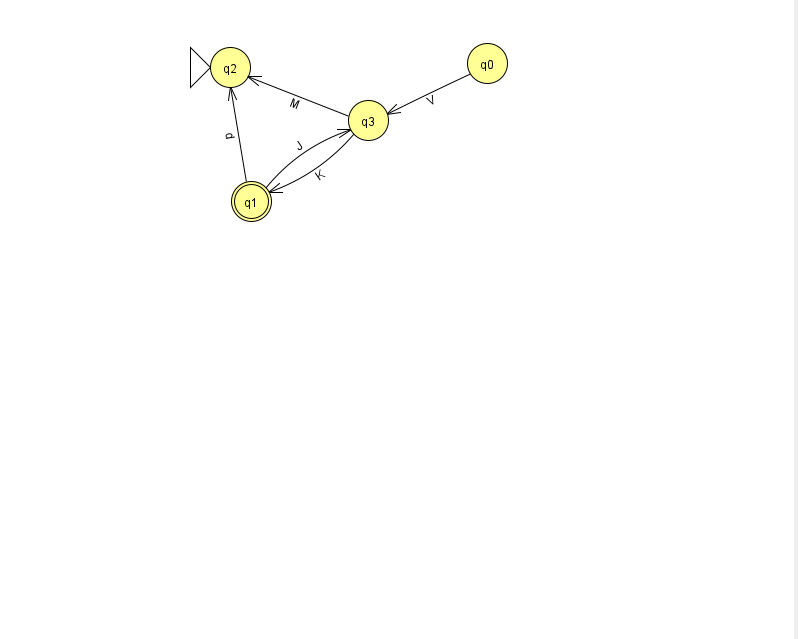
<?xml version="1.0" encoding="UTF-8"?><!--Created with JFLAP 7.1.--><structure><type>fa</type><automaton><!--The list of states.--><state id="0" name="q0"><x>487.0</x><y>50.0</y></state><state id="1" name="q1"><x>251.0</x><y>188.0</y><final/></state><state id="2" name="q2"><x>230.0</x><y>54.0</y><initial/></state><state id="3" name="q3"><x>368.0</x><y>107.0</y></state><!--The list of transitions.--><transition><from>0</from><to>3</to><read>V</read></transition><transition><from>3</from><to>2</to><read>M</read></transition><transition><from>1</from><to>3</to><read>J</read></transition><transition><from>3</from><to>1</to><read>K</read></transition><transition><from>1</from><to>2</to><read>d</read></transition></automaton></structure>